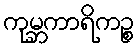
ကုမ္ဘကာရိကဉ္စ